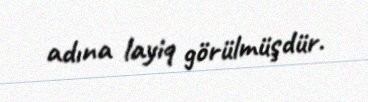
adına layiq görülmüşdür.